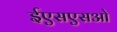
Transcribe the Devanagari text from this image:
ईएसएसओ